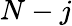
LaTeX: N-j